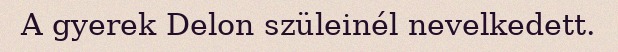
A gyerek Delon szüleinél nevelkedett.